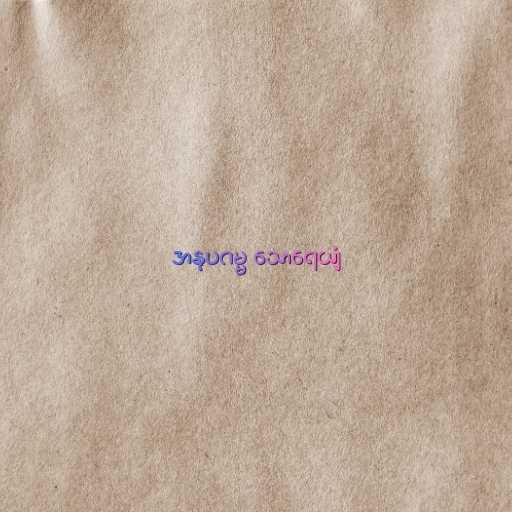
အနုပဂမ္မ သောရေယျံ